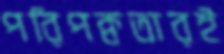
পরিপক্বতারই